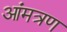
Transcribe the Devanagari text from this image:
आंमत्रण